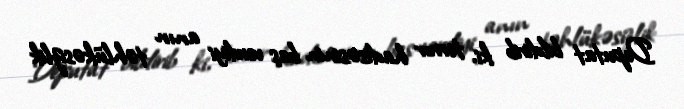
Deputat bildirib ki, terror hadisəsinin baş verdiyi anın təhlükəsizlik